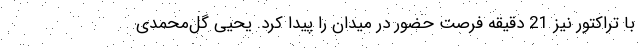
با تراکتور نیز 21 دقیقه فرصت حضور در میدان را پیدا کرد. یحیی گل‌محمدی